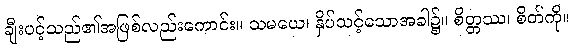
ချီးပင့်သည်၏အဖြစ်လည်းကောင်း။ သမယေ၊ နှိပ်သင့်သောအခါ၌။ စိတ္တဿ၊ စိတ်ကို။